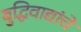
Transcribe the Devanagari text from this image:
बुद्धिवाद्यांचे